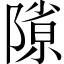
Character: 𨻶